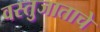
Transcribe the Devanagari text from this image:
वस्तुजाताचे